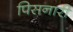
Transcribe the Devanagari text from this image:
पिसनारी